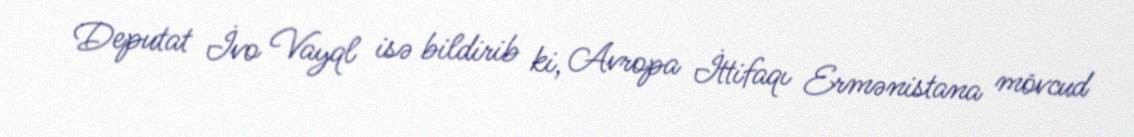
Deputat İvo Vayql isə bildirib ki, Avropa İttifaqı Ermənistana mövcud